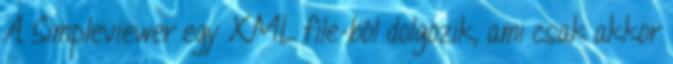
A Simpleviewer egy XML file-ból dolgozik, ami csak akkor